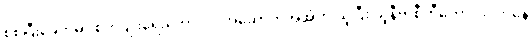
စစ်ပြီးခေတ်မှာ စိုက်ပျိုးရေးကောလိပ်အဆောက်အအုံကို ယူပြီး ယူနီဗာစီတီကောလိပ်ကနေ